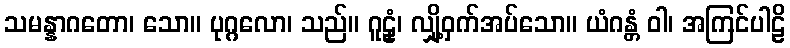
သမန္နာဂတော၊ သော။ ပုဂ္ဂလော၊ သည်။ ဂူဠှံ၊ လျှို့ဝှက်အပ်သော။ ယံဂန္တံ ဝါ၊ အကြင်ပါဠိ